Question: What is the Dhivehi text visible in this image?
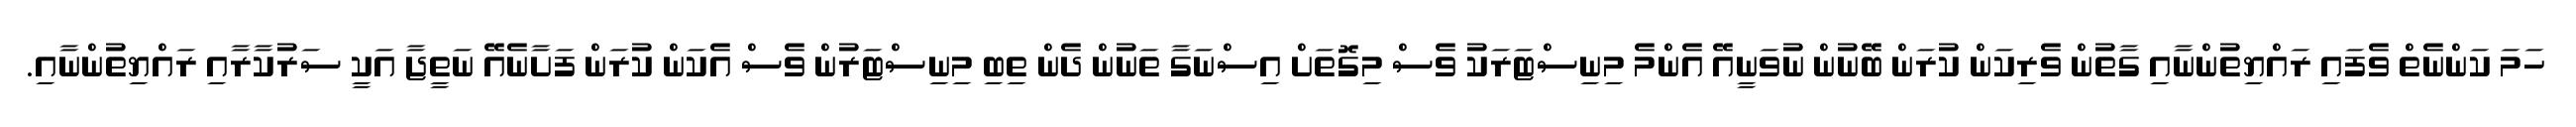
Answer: ހަމަ ކަންނެތް ވެފައި ރައްޔިތުންނާއި ގާތުން ވެރިކަން ކުރަން ބޭނުން ނުވަނީއޭ އެންމެ މިނިސްޓަރަކު ވެސް މިގޮތަށް އިސްނަގާ ތަނުން ދެން ތިބި މިނިސްޓަރުން ވެސް އެކަން ކުރަން ފަށާނެއޭ ނަތީޖާ އަކީ ސަރުކާރާއި ރައްޔިތުންނާއި.